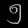
Digit: ၅